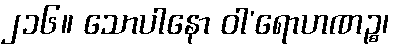
၂၁၆။ သောပါနော ဝါ’ရောဟဏဉ္စ၊